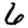
Digit: 6